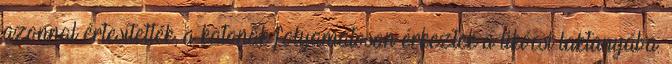
azonnal értesítették, a katonák folyamatosan érkeztek a likócsi laktanyába.